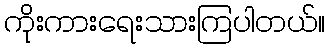
ကိုးကားရေးသားကြပါတယ်။